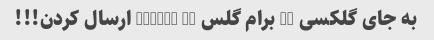
به جای گلکسی c5 برام گلس xperia c5 ارسال کردن!!!